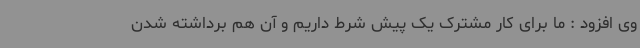
وی افزود : ما برای کار مشترک یک پیش شرط داریم و آن هم برداشته شدن